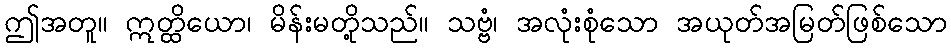
ဤအတူ။ ဣတ္ထိယော၊ မိန်းမတို့သည်။ သဗ္ဗံ၊ အလုံးစုံသော အယုတ်အမြတ်ဖြစ်သော